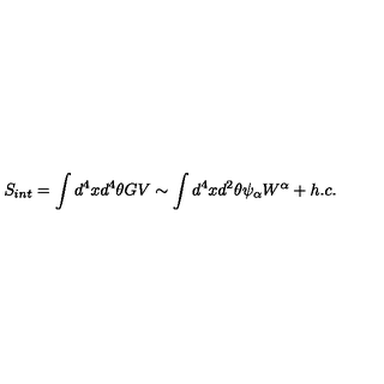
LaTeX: S _ { i n t } = \int d ^ { 4 } x d ^ { 4 } \theta G V \sim \int d ^ { 4 } x d ^ { 2 } \theta \psi _ { \alpha } W ^ { \alpha } + h . c .